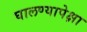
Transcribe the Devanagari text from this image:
घालण्यापेक्षा